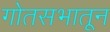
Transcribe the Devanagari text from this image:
गोतसभातून